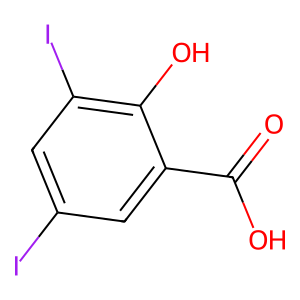
SMILES: O=C(O)c1cc(I)cc(I)c1O
Inhibits HIV replication: No